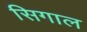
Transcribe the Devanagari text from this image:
सिगाल